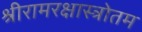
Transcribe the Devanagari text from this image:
श्रीरामरक्षास्त्रोतम